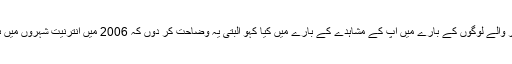
شہر میں رہتے ہوئے ہم دیہاتی پس منطر والے لوگوں کے بارے میں اپ کے مشاہدے کے بارے میں کیا کہو البتی یہ وضاحت کر دوں کہ 2006 میں انترنیت شہروں میں ہی تھا وہ گوگل رجحان کچھ تھا اب کچھ۔